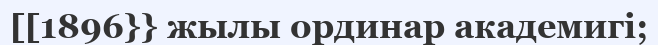
[[1896}} жылы ординар академигі;